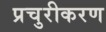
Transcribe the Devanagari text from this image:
प्रचुरीकरण